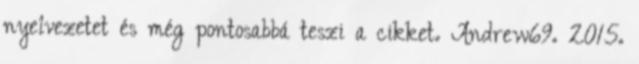
nyelvezetet és még pontosabbá teszi a cikket. Andrew69. 2015.